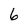
Character: 6